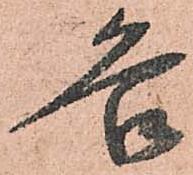
各